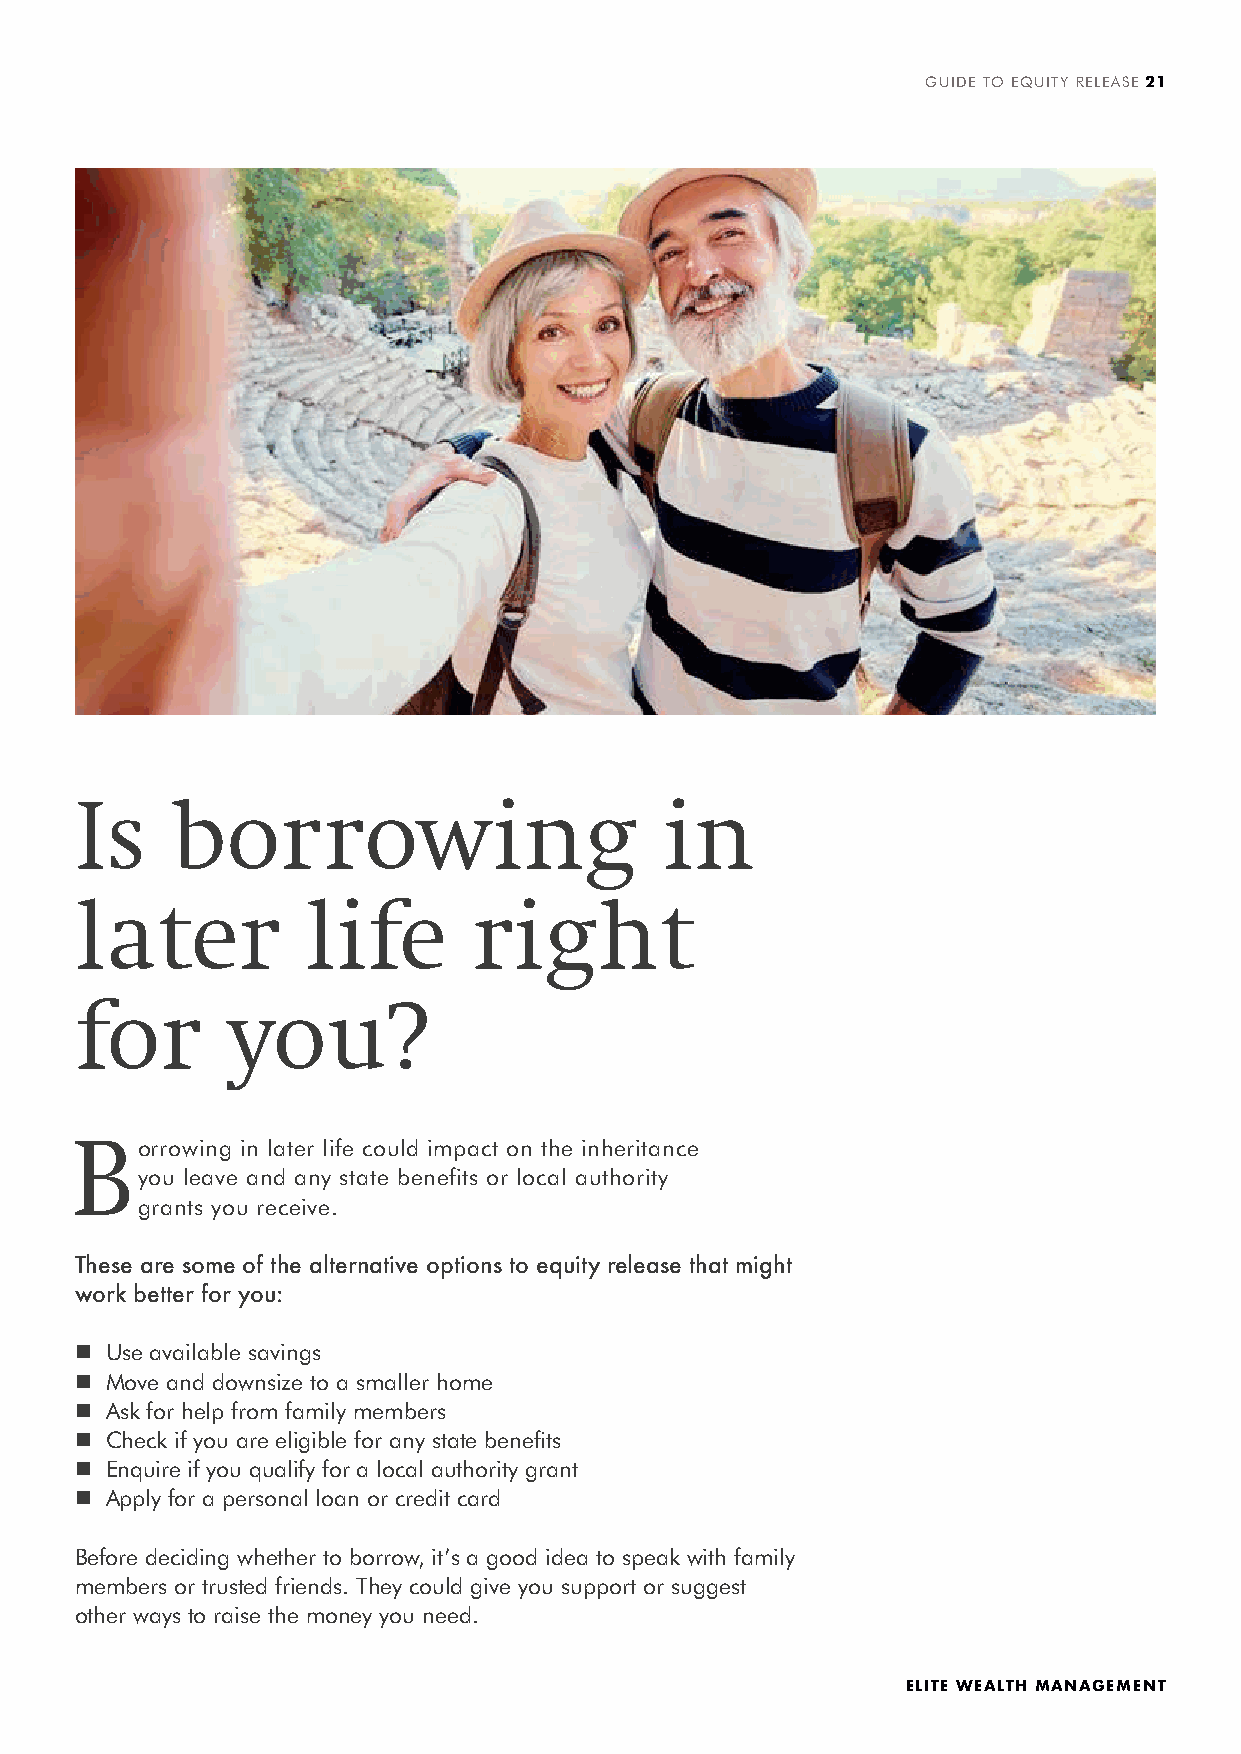
GUIDE TO EQUITY RELEASE 21
 Is    borrowing                        in
 later          life       right
 for       you?
 B
 orrowing in later life could impact on the inheritance
 you leave and any state benefits or local authority
 grants you receive.
 These are some of the alternative options to equity release that might
 work better for you:
 n Use available savings
 n Move and downsize to a smaller home
 n Ask for help from family members
 n Check if you are eligible for any state benefits
 n Enquire if you qualify for a local authority grant
 n Apply for a personal loan or credit card
 Before deciding whether to borrow, it’s a good idea to speak with family
 members or trusted friends. They could give you support or suggest
 other ways to raise the money you need.
 ELITE WEALTH MANAGEMENT